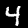
Digit: 4